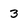
Character: 3